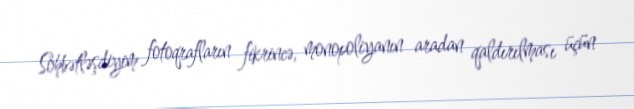
Söhbətləşdiyim fotoqrafların fikrincə, monopoliyanın aradan qaldırılması üçün